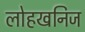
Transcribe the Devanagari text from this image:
लोहखनिज